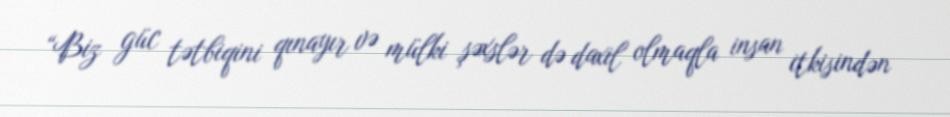
“Biz güc tətbiqini qınayır və mülki şəxslər də daxil olmaqla insan itkisindən